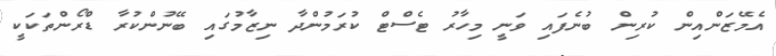
އެމޭޒަންއިން ކުރިން ބުނެފައި ވަނީ މިހާރު ޓެސްޓް ކުރަމުންދާ ނިޒާމުގައި ބޭނުންކުރާ ޑްރޯންތަކަކީ